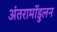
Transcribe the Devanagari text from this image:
अंतरामॉडुलन